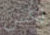
لكس